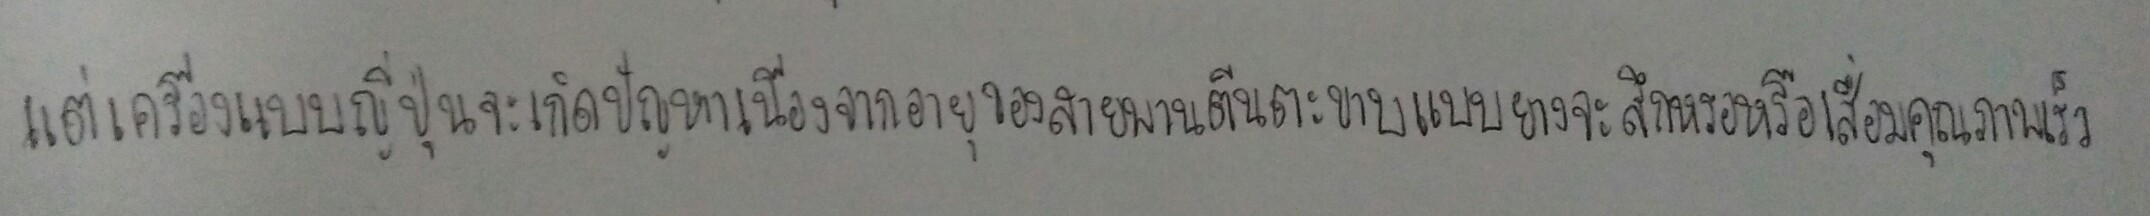
แต่เครื่องแบบญี่ปุ่นจะเกิดปัญหาเนื่องจากอายุของสายพานตีนตะขาบแบบยางจะสึกหรอหรือเสื่อมคุณภาพเร็ว